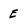
Character: E